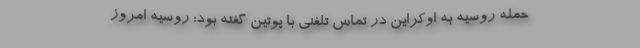
حمله روسیه به اوکراین در تماس تلفنی با پوتین گفته بود: روسیه امروز